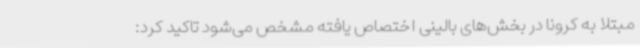
مبتلا به کرونا در بخش‌های بالینی اختصاص یافته مشخص می‌شود تاکید کرد: